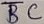
Text: BC